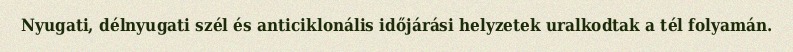
Nyugati, délnyugati szél és anticiklonális időjárási helyzetek uralkodtak a tél folyamán.